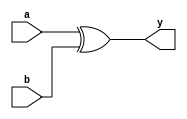
module xor2(y,a,b);
input a,b;
output y;
assign y = (a ^ b);
endmodule  

module and2(y,a,b);
input a,b;
output y;
assign y = a & b; 
endmodule

module or2(y,a,b);
input a,b;
output y;
assign y = a | b; 
endmodule